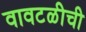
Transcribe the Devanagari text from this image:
वावटळीची